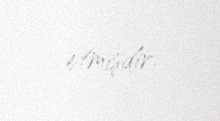
etmişdir.